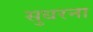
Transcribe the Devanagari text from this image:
सुधरना